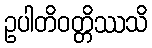
ဥပါတိဝတ္တိဿသိ